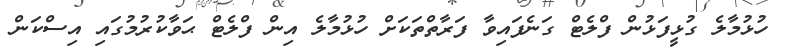
ހުޅުމާލެ ގުޅީފަޅުން ފްލެޓް ގަނެފައިވާ ފަރާތްތަކަށް ހުޅުމާލެ އިން ފްލެޓް ޙަވާކުރުމުގައި އިސްކަން